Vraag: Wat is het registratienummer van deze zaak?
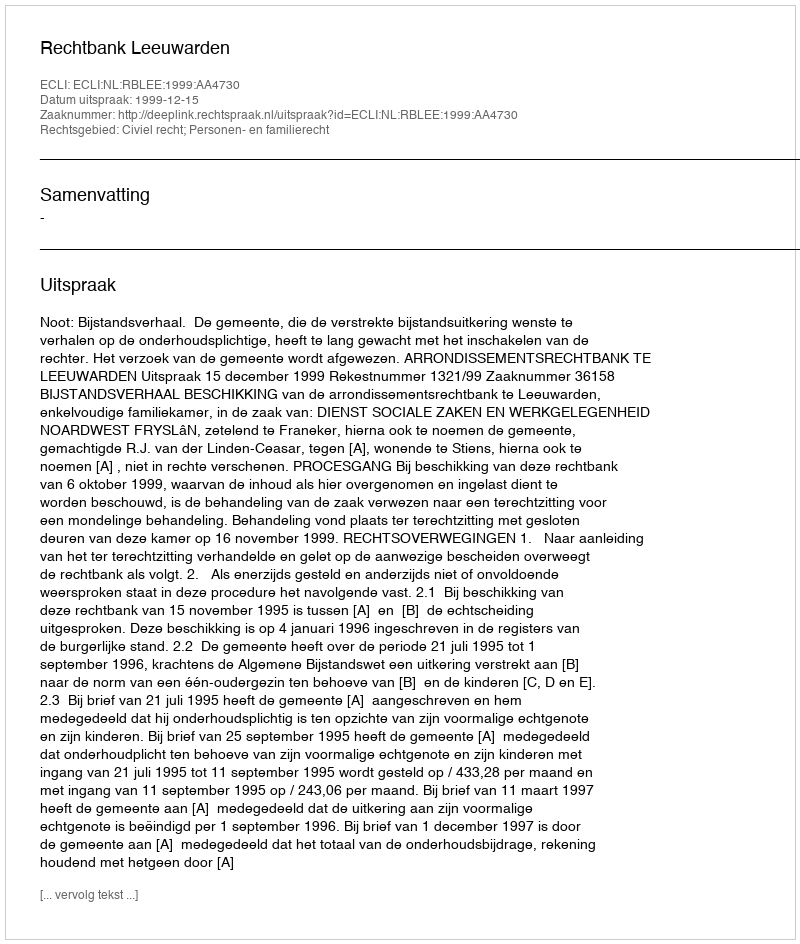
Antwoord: http://deeplink.rechtspraak.nl/uitspraak?id=ECLI:NL:RBLEE:1999:AA4730